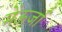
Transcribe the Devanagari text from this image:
मेंऊर्जा